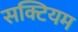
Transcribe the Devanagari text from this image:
सक्टियम